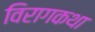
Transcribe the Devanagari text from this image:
विरागकथा